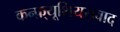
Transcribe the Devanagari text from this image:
कन्फ़्यूशियसवाद